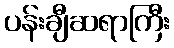
ပန်းချီဆရာကြီး